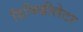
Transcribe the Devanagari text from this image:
डिफिब्रीलेटर